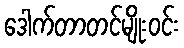
ဒေါက်တာတင်မျိုးဝင်း